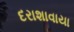
દરાશાવાયા